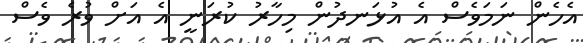
އެހެން ނަމަވެސް އެ އުޅަނދުން މިހާރު ކުރަނީ އެ އަށް ވުރެ ވެސް